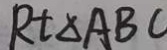
R t \Delta A B C